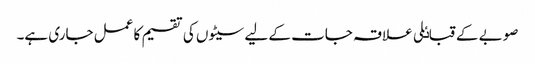
صوبے کے قباٸلی علاقہ جات کے لیے سیٹوں کی تقسیم کا عمل جاری ہے۔